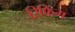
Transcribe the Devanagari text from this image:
रिफिंग